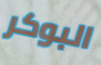
البوكر